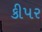
કીપર